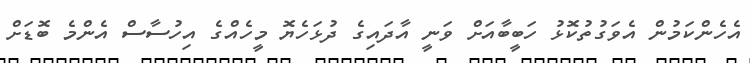
އެހެންކަމުން އެވަގުތުކޮޅު ހަބީބާއަށް ވަނީ އާދައިގެ ދުޅަހެޔޮ މީހެއްގެ އިހުސާސް އެންމެ ބޮޑަށް